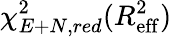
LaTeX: \chi_{E+N,red}^{2}(R_{\mathrm{eff}}^{2})